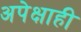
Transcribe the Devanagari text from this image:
अपेक्षाही